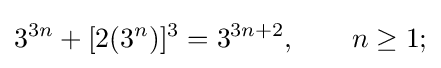
3^{3n}+[2(3^{n})]^{3}=3^{3n+2},\quad \quad n\geq 1;